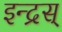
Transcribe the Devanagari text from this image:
इन्द्रस्